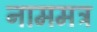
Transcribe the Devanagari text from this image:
नाममत्र